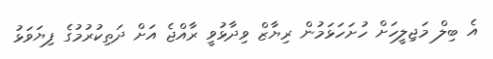
އެ ބިލް މަޖިލީހަށް ހުށަހަޅަމުން ރިޔާޒް ވިދާޅުވީ ރާއްޖެ އަށް ދަތިކުރުމުގެ ފިޔަވަޅު